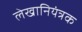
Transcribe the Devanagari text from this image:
लेखानियंत्रक